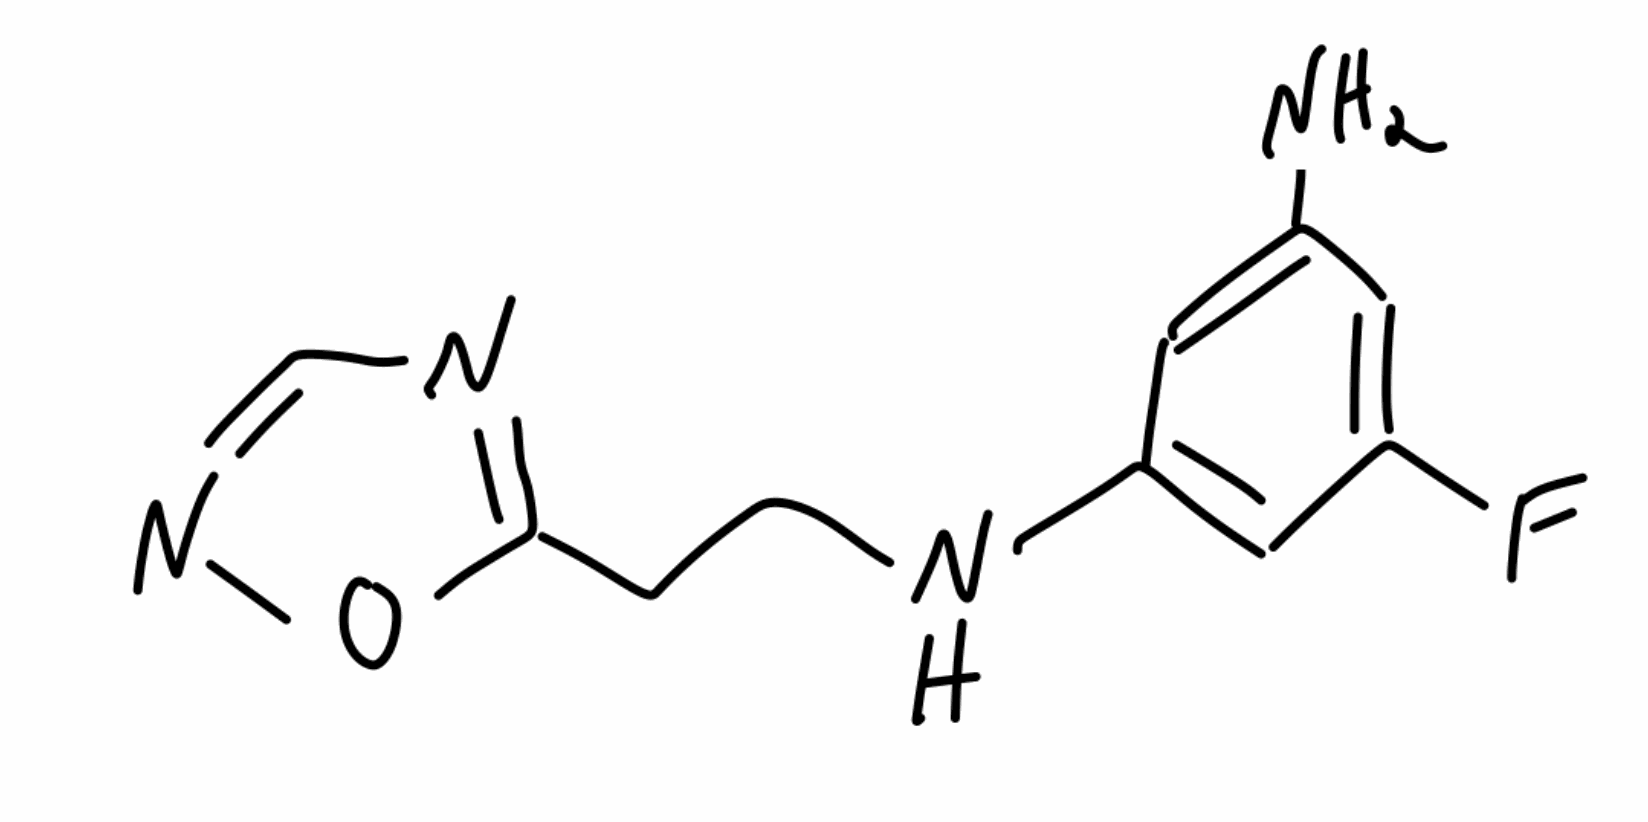
Simplified molecular-input line-entry system (SMILES) notation of the given molecule:
C1=C(C=C(C=C1NCCC2=NC=NO2)F)N